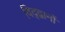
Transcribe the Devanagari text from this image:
विद्द्वानों